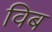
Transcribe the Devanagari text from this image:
विब